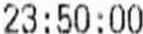
23:50:00